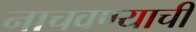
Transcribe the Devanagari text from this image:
नाचवण्याची